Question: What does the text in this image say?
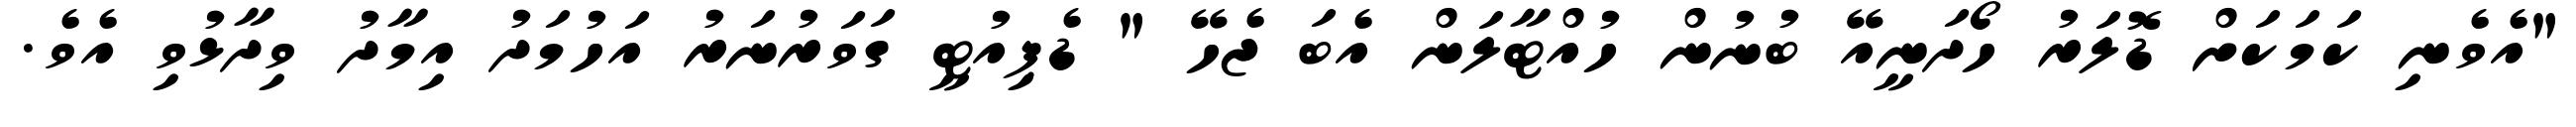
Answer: "އެވެނި ކަމަކަށް ޑޮލަރު ހޯދަނީއޭ ބުނުން ހުއްޓާލަން އެބަ ޖެހޭ " ޑެޕިއުޓީ ގަވަރުނަރު އަހުމަދު އިމާދު ވިދާޅުވި އެވެ.